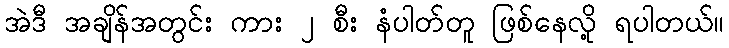
အဲဒီ အချိန်အတွင်း ကား ၂ စီး နံပါတ်တူ ဖြစ်နေလို့ ရပါတယ်။